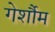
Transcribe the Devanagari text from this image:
गेर्शौम